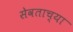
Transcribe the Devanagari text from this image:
सेवताच्या